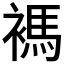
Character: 𧜗